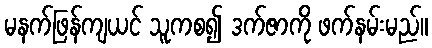
မနက်ဖြန်ကျယင် သူကစ၍ ဒက်ဇာကို ဖက်နမ်းမည်။